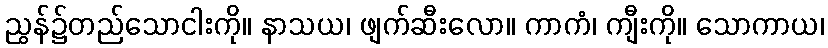
ညွန်၌တည်သောငါးကို။ နာသယ၊ ဖျက်ဆီးလော။ ကာကံ၊ ကျီးကို။ သောကာယ၊